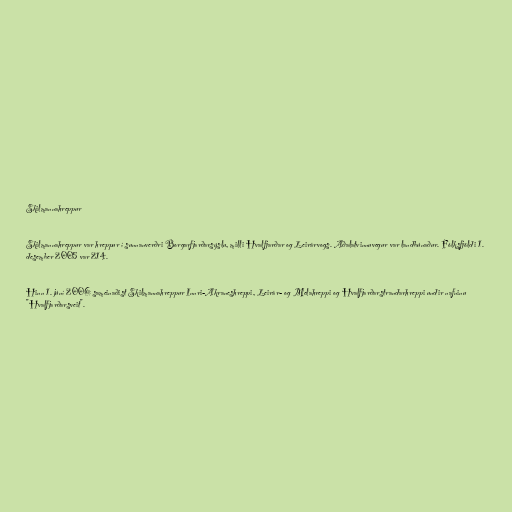
Skilmannahreppur

Skilmannahreppur var hreppur í sunnanverðri Borgarfjarðarsýslu, milli Hvalfjarðar og Leirárvogs. Aðalatvinnuvegur var landbúnaður. Fólksfjöldi 1.
desember 2005 var 214.

Hinn 1. júní 2006 sameinaðist Skilmannahreppur Innri-Akraneshreppi, Leirár- og Melahreppi og Hvalfjarðarstrandarhreppi undir nafninu
"Hvalfjarðarsveit".